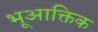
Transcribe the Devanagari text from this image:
भूआक्तिक